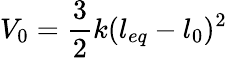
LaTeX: V_{0}=\frac{3}{2}k(l_{eq}-l_{0})^{2}